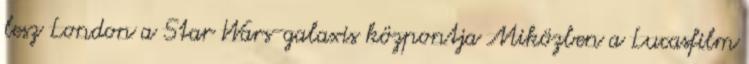
lesz London a Star Wars-galaxis központja Miközben a Lucasfilm